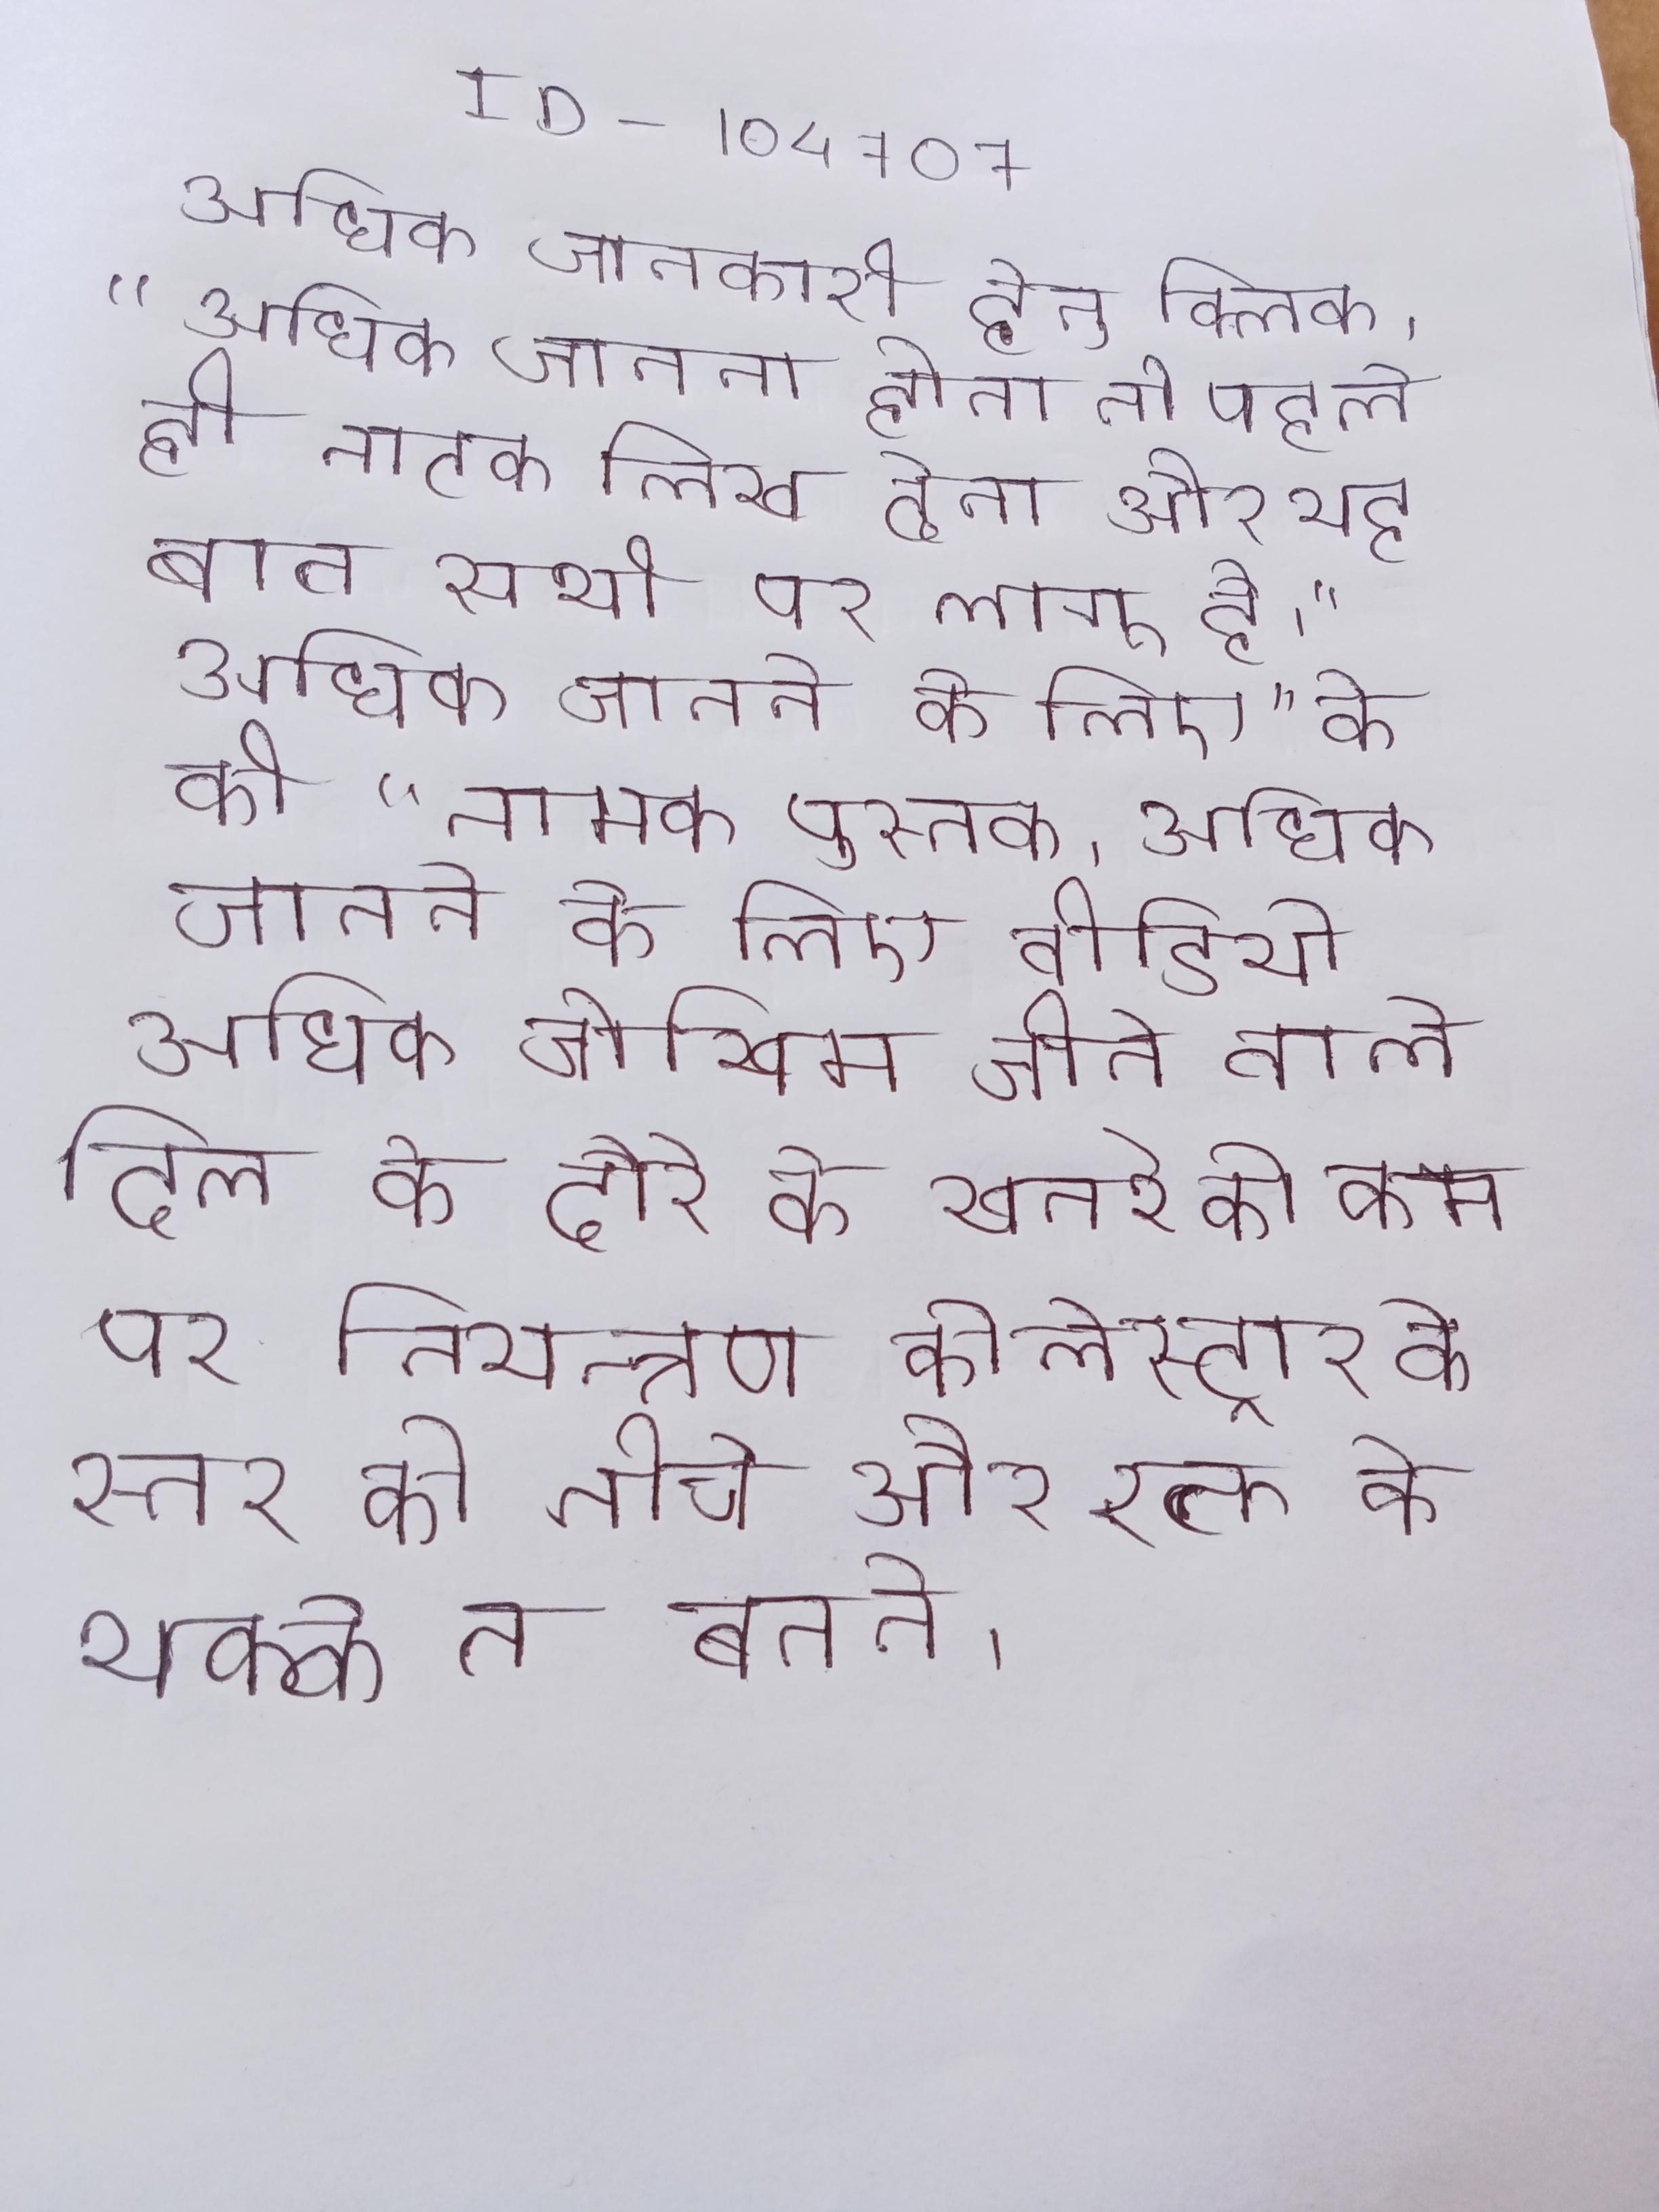
अधिक जानकारी हेतु क्लिक । "अधिक जानना होता तो पहले ही नाटक लिख देता और यह बात सभी पर लागू है।" अधिक जानने के लिए " के की " नामक पुस्तक । अधिक जानने के लिए वीडियो अधिक जोखिम जीने वाले दिल के दौरे के खतरे को कम करने का अधिक स्थायी और कारगर उपाय है धूम्रपान का त्याग, व्यायाम वृद्धि और ऐसी लेना जो रक्तचाप पर नियन्त्रण कोलेस्ट्रॉल के स्तर को नीचे और रक्त के थक्के न बनने ।